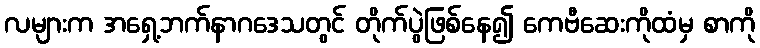
လများက အရှေ့ဘက်နာဂဒေသတွင် တိုက်ပွဲဖြစ်နေ၍ ကေဗီဆေးကိုထံမှ စာကို